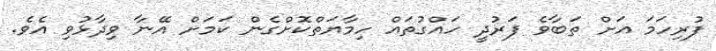
ފުރިހަމަ އަށް ތަބާވެ ފަރުދީ ހައްގުތައް ހިމާޔަތްކޮށްގެން ކަމަށް އޭނާ ވިދާޅުވި އެވެ.